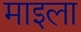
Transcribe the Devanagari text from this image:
माइला